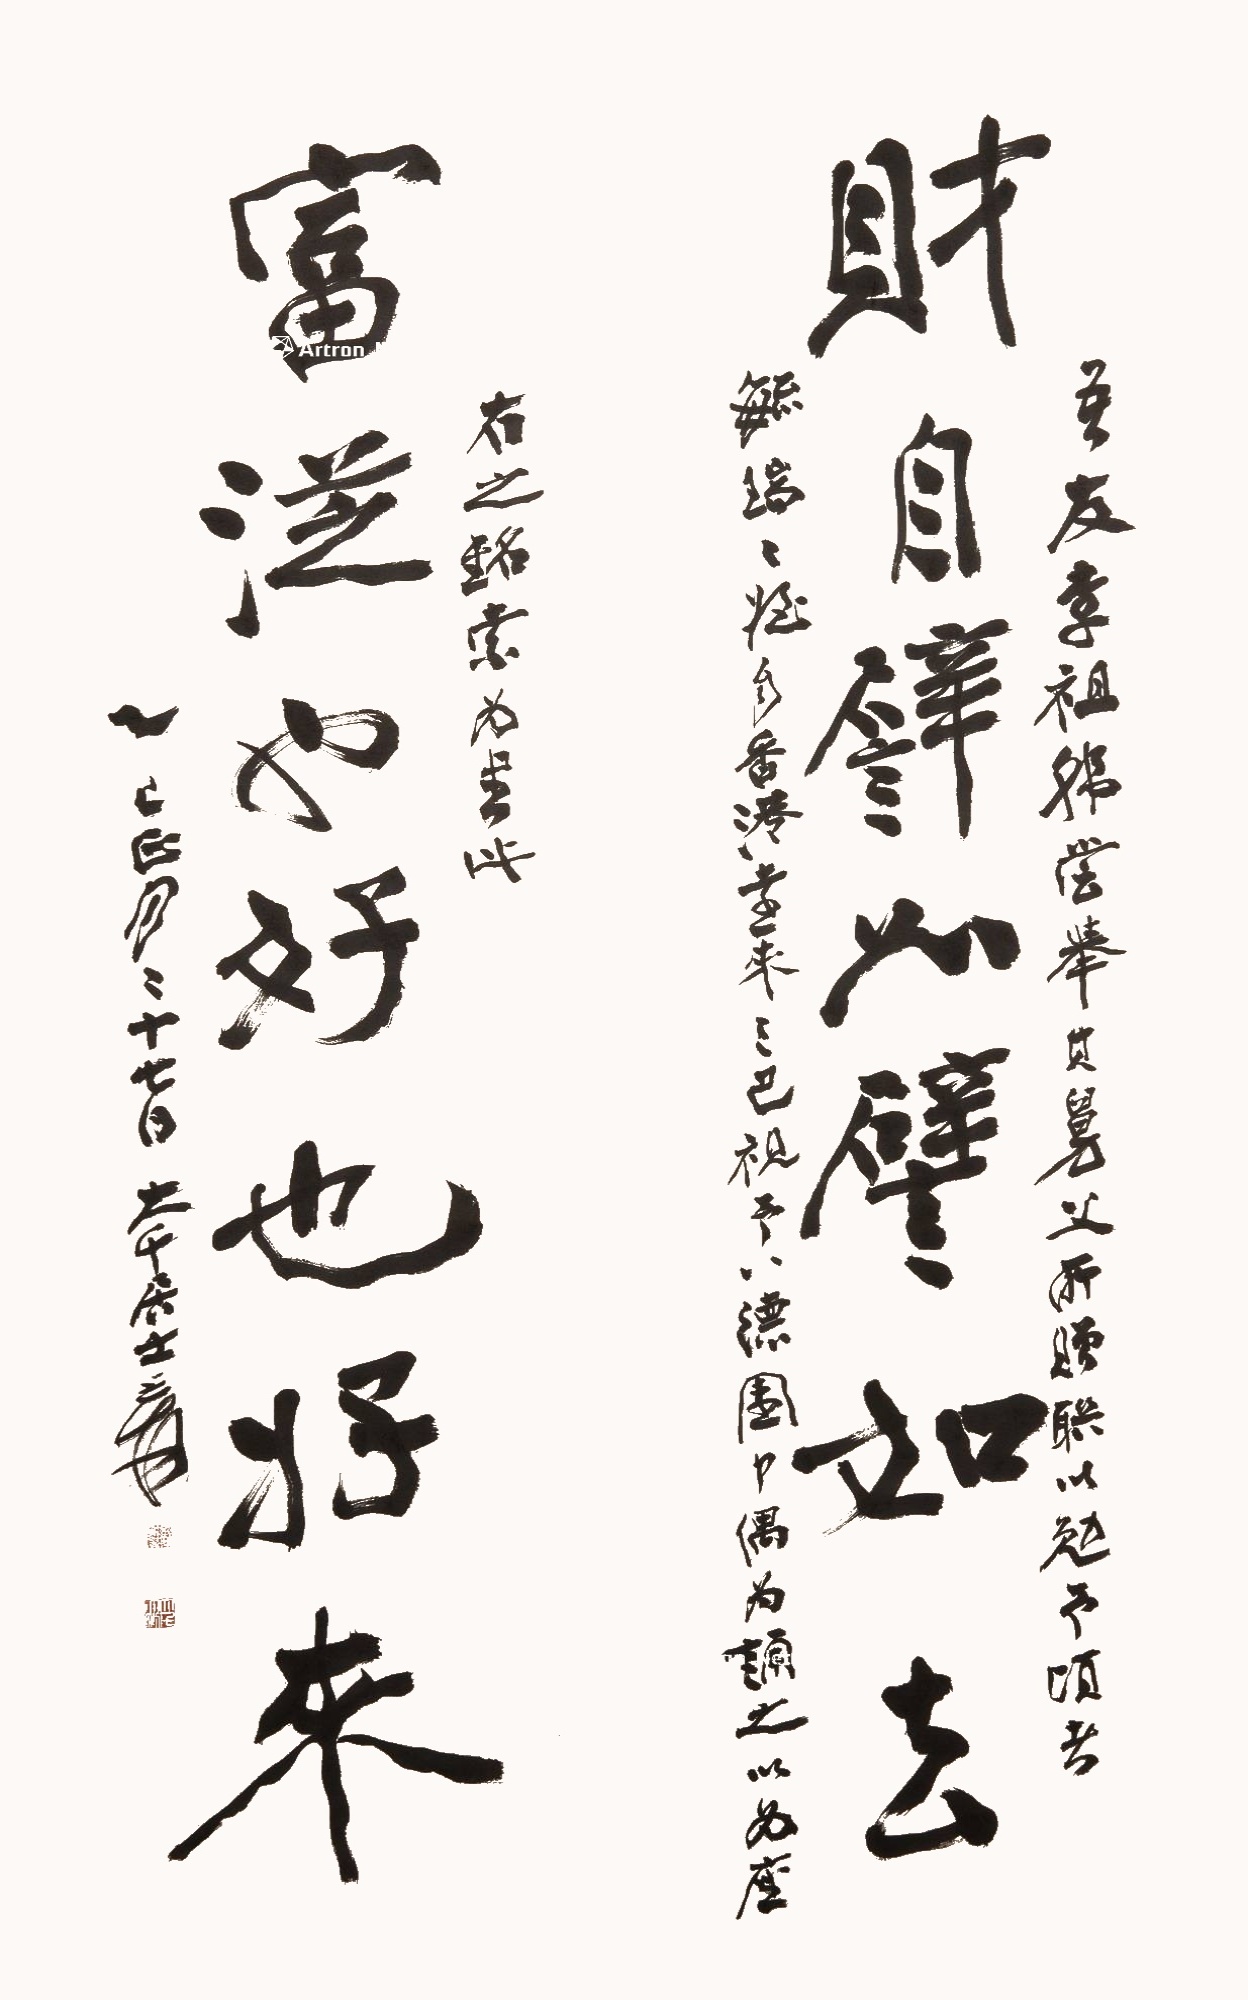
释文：财自譬如譬如去，富从也好也好来。吾友李祖韩尝举其舅父所赠联以勉予，顷者毓瑞二侄自香港远来三巴，视予八德园中，偶为诵之，以为座右之铭，索为书此，乙巳正月二十七日，大千居士爰。